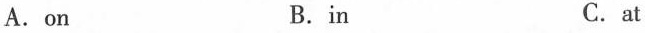
A.on B.in C. at